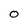
Character: O